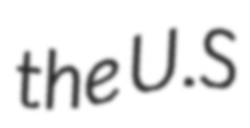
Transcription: the U.S